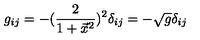
g _ { i j } = - ( { \frac { 2 } { 1 + \vec { x } ^ { 2 } } } ) ^ { 2 } \delta _ { i j } = - \sqrt g \delta _ { i j }